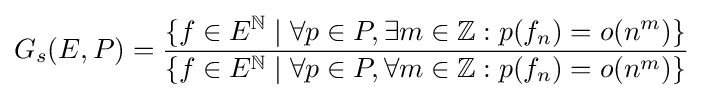
G_{s}(E,P)={\frac {\{f\in E^{\mathbb {N} }\mid \forall p\in P,\exists m\in \mathbb {Z} :p(f_{n})=o(n^{m})\}}{\{f\in E^{\mathbb {N} }\mid \forall p\in P,\forall m\in \mathbb {Z} :p(f_{n})=o(n^{m})\}}}